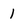
Character: 1